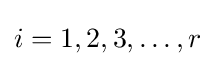
i=1,2,3,\ldots ,r